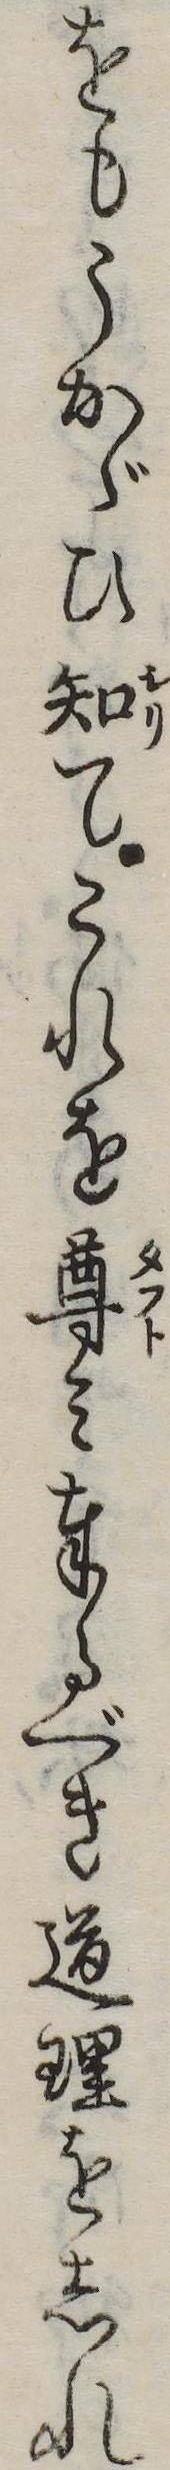
をもうかゞひ知てこれを尊み奉るべき道理をしれ